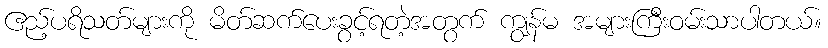
ဧည့်ပရိသတ်များကို မိတ်ဆက်ပေးခွင့်ရတဲ့အတွက် ကျွန်မ အများကြီးဝမ်းသာပါတယ်။